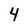
Character: 4